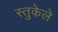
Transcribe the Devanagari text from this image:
स्तुकेले